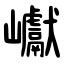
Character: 巘